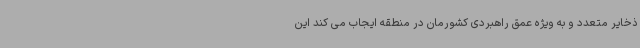
ذخایر متعدد و به ویژه عمق راهبردی کشورمان در منطقه ایجاب می کند این